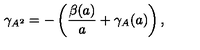
\gamma _ { A ^ { 2 } } = - \left( \frac { \beta ( a ) } { a } + \gamma _ { A } ( a ) \right) ,